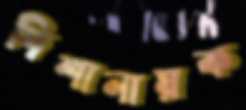
দিশানায়ক